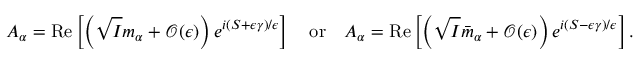
A _ { \alpha } = \mathrm { R e } \left[ \left( \sqrt { I } m _ { \alpha } + \mathcal { O } ( \epsilon ) \right) e ^ { i ( S + \epsilon \gamma ) / \epsilon } \right] \quad \mathrm { o r } \quad A _ { \alpha } = \mathrm { R e } \left[ \left( \sqrt { I } \bar { m } _ { \alpha } + \mathcal { O } ( \epsilon ) \right) e ^ { i ( S - \epsilon \gamma ) / \epsilon } \right] .